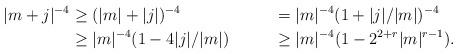
LaTeX: \begin{align*} |m+j|^{-4} &\ge (|m|+|j|)^{-4} & &= |m|^{-4}(1+|j|/|m|)^{-4}\\&\ge |m|^{-4}(1-4|j|/|m|) & &\ge |m|^{-4}(1-2^{2+r}|m|^{r-1}).\end{align*}